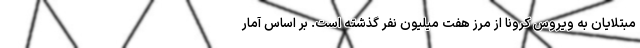
مبتلایان به ویروس کرونا از مرز هفت میلیون نفر گذشته است. بر اساس آمار